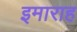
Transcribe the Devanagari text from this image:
इमाराह